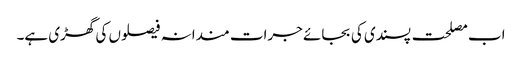
اب مصلحت پسندی کی بجائے جرات مندانہ فیصلوں کی گھڑی ہے۔